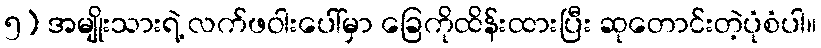
၅) အမျိုးသားရဲ့ လက်ဖဝါးပေါ်မှာ ခြေကိုထိန်းထားပြီး ဆုတောင်းတဲ့ပုံစံပါ။